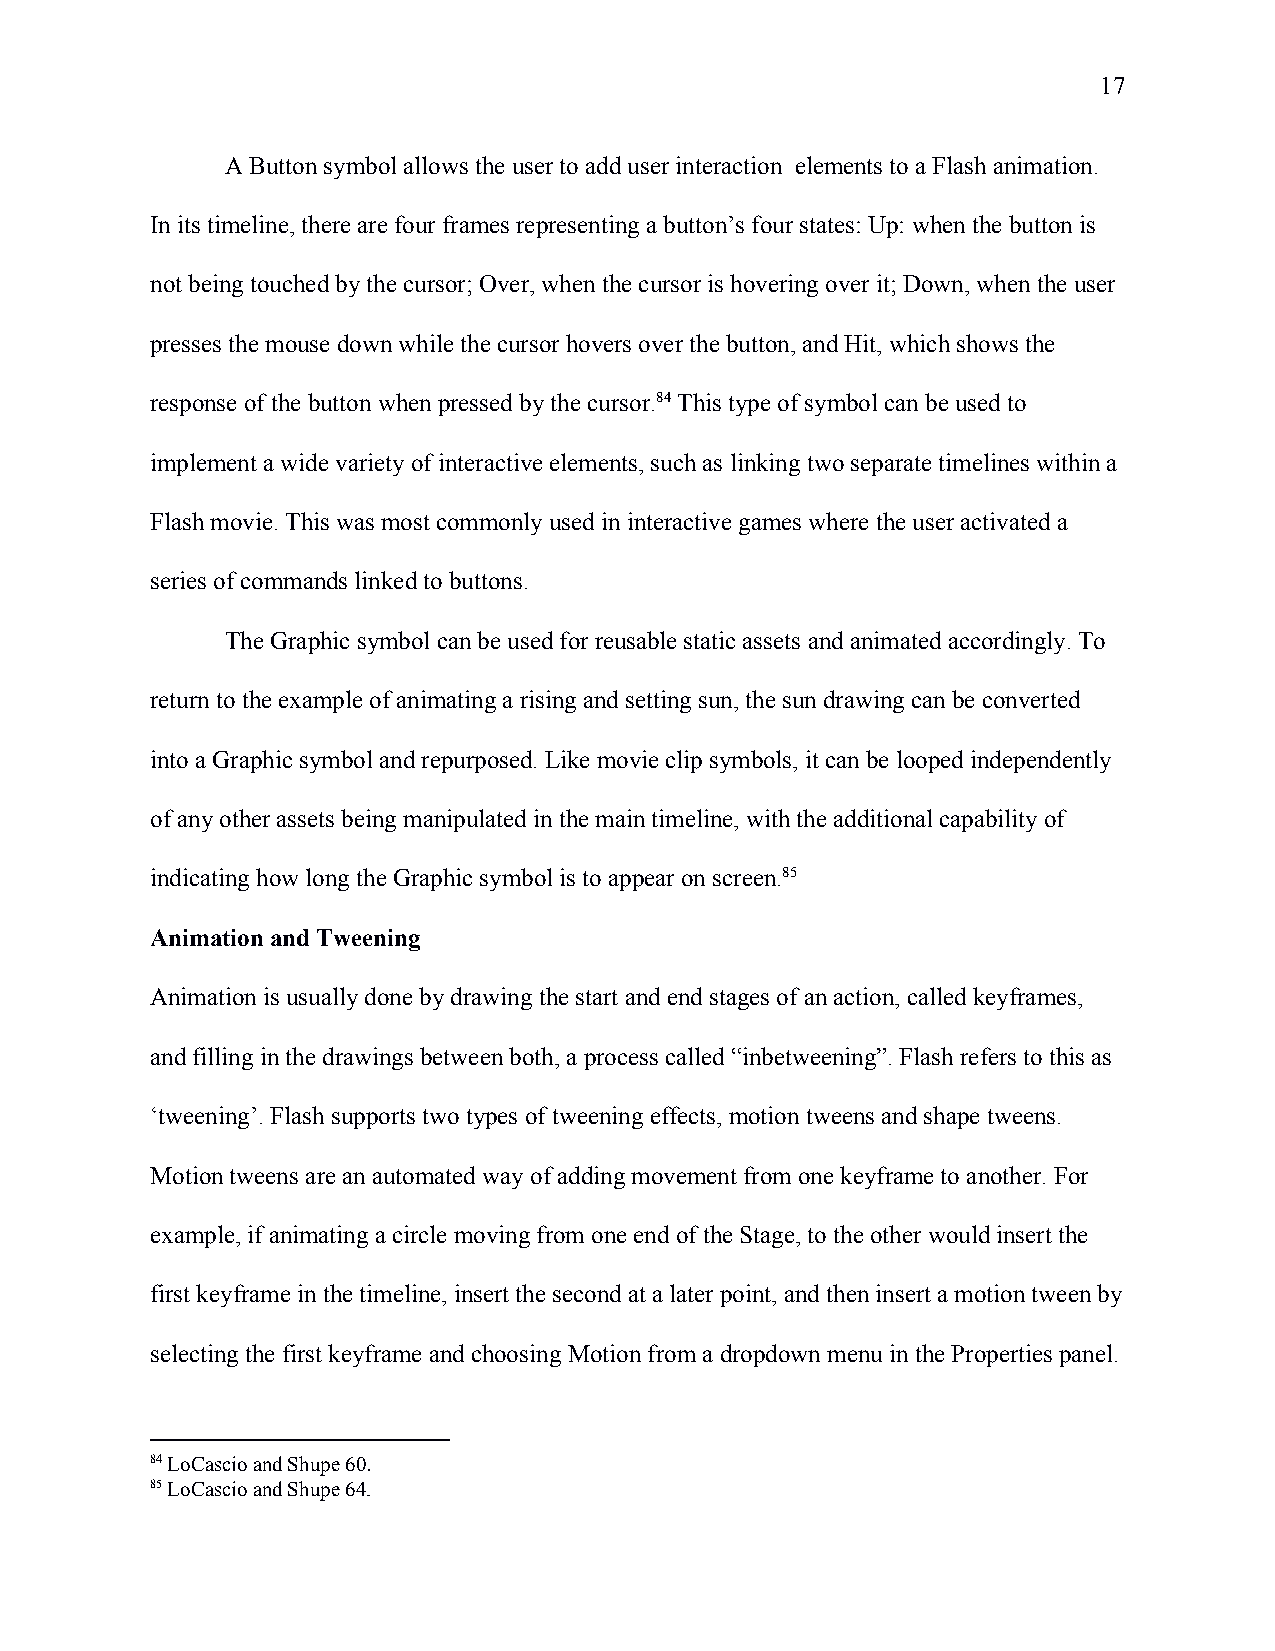
17
 A Button symbol allows the user to add user interaction elements to a Flash animation.
 In its timeline, there are four frames representing a button’s four states: Up: when the button is
 not being touched by the cursor; Over, when the cursor is hovering over it; Down, when the user
 presses the mouse down while the cursor hovers over the button, and Hit, which shows the
 response of the button when pressed by the cursor.84 This type of symbol can be used to
 implement a wide variety of interactive elements, such as linking two separate timelines within a
 Flash movie. This was most commonly used in interactive games where the user activated a
 series of commands linked to buttons.
 The Graphic symbol can be used for reusable static assets and animated accordingly. To
 return to the example of animating a rising and setting sun, the sun drawing can be converted
 into a Graphic symbol and repurposed. Like movie clip symbols, it can be looped independently
 of any other assets being manipulated in the main timeline, with the additional capability of
 indicating how long the Graphic symbol is to appear on screen.85
 Animation and Tweening
 Animation is usually done by drawing the start and end stages of an action, called keyframes,
 and filling in the drawings between both, a process called “inbetweening”. Flash refers to this as
 ‘tweening’. Flash supports two types of tweening effects, motion tweens and shape tweens.
 Motion tweens are an automated way of adding movement from one keyframe to another. For
 example, if animating a circle moving from one end of the Stage, to the other would insert the
 first keyframe in the timeline, insert the second at a later point, and then insert a motion tween by
 selecting the first keyframe and choosing Motion from a dropdown menu in the Properties panel.
 84 LoCascio and Shupe 60.
 ​
 85 LoCascio and Shupe 64.